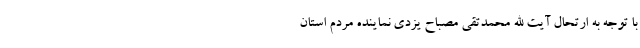
با توجه به ارتحال آیت الله محمدتقی مصباح یزدی نماینده مردم استان